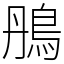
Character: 鴅